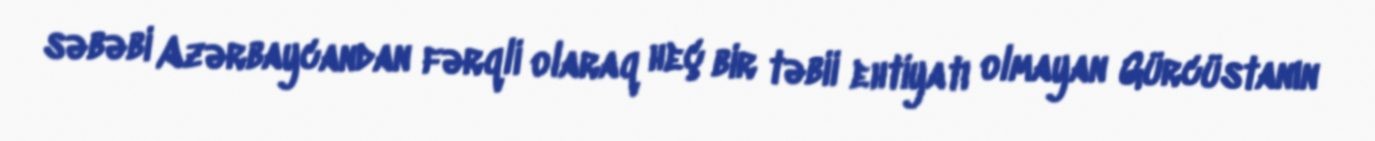
səbəbi Azərbaycandan fərqli olaraq heç bir təbii ehtiyatı olmayan Gürcüstanın